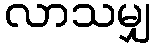
လာသမျှ